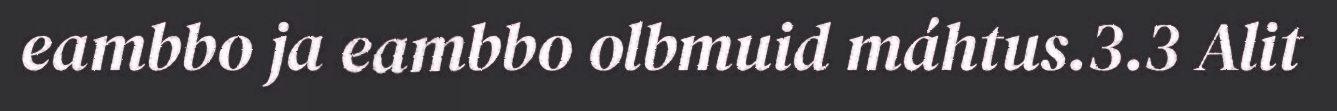
eambbo ja eambbo olbmuid máhtus.3.3 Alit